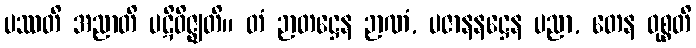
ပဿတိ အညာတိ ပဋိဝိဇ္ဈတိ။ တံ ဉာတဋ္ဌေန ဉာဏံ, ပဇာနနဋ္ဌေန ပညာ, တေန ဝုစ္စတိ